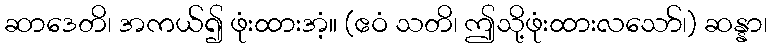
ဆာဒေတိ၊ အကယ်၍ ဖုံးထားအံ့။ (ဧဝံ သတိ၊ ဤသို့ဖုံးထားလသော်၊) ဆန္နာ၊